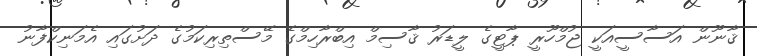
ޤާނޫން އަސާސީއަކީ ޖުމްހޫރީ ޕާޓީގެ ލީޑަރު ޤާސިމް އިބްރާހިމްގެ މޭސްތިރިކަމުގެ ދަށުގައި އެމަނިކްފާނު